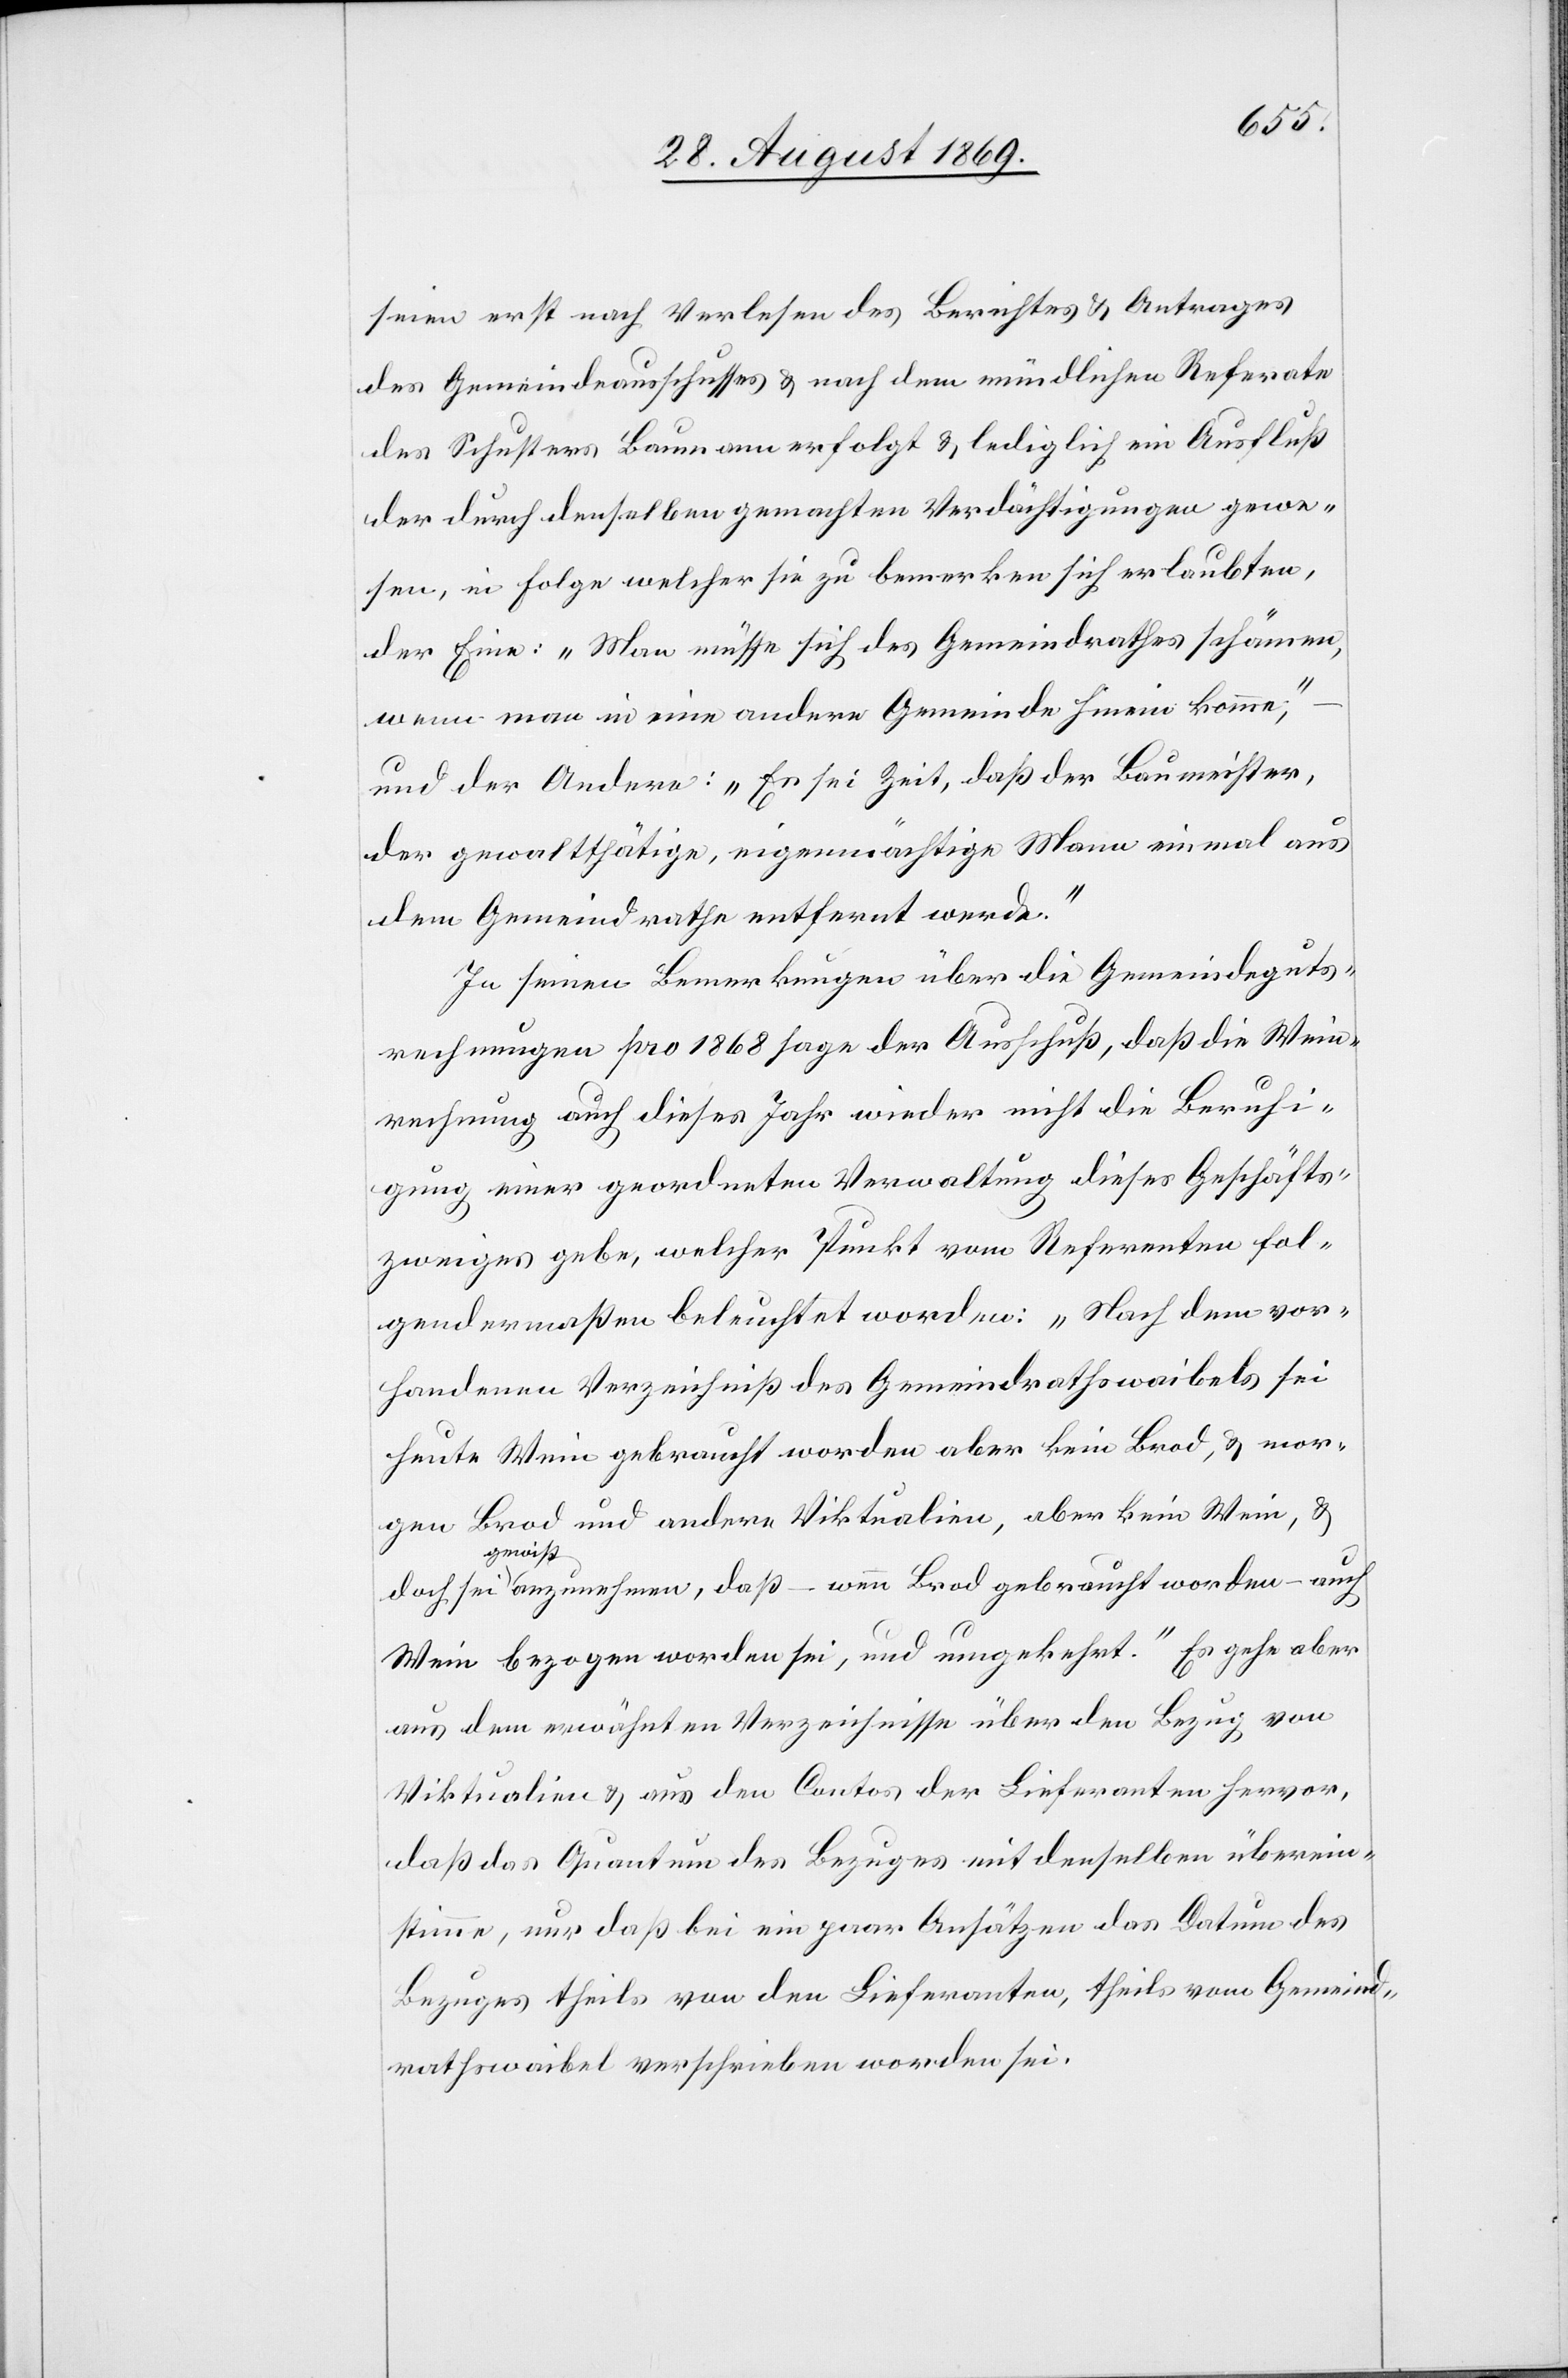
seien erst nach Verlesen des Berichtes & Antrages
des Gemeindeausschusses & nach dem mündlichen Referate
des Schusters Baumann erfolgt & lediglich ein Ausfluß
der durch denselben gemachten Verdächtigungen gewe¬
sen, in Folge welcher sie zu bemerken sich erlaubten,
der Eine: „Man müsse sich des Gemeindrathes schämen,
wenn man in eine andere Gemeinde hinein komme“,
und der Andere: „Es sei Zeit, daß der Baumeister,
der gewaltthätige, eigenmächtige Mann einmal aus
dem Gemeindrathe entfernt werde.“
In seinen Bemerkungen über die Gemeindeguts¬
rechnungen pro 1868 sage der Ausschuß, daß die Wein¬
rechnung auch dieses Jahr wieder nicht die Beruhi¬
gung einer geordneten Verwaltung dieses Geschäfts¬
zweiges gebe, welcher Punkt vom Referenten fol¬
gendermaßen beleuchtet worden: „Nach dem vor¬
handenen Verzeichniß des Gemeindrathswaibels sei
heute Wein gebraucht worden aber kein Brod, & mor¬
gen Brod und andere Viktualien, aber kein Wein, &
doch sei gewiß anzunehmen, daß – wenn Brod gebraucht worden – auch
Wein bezogen worden sei, und umgekehrt.“ Es gehe aber
aus dem erwähnten Verzeichnisse über den Bezug von
Viktualien & aus den Contos der Lieferanten hervor,
daß das Quantum des Bezuges mit denselben überein¬
stimme, nur daß bei ein paar Ansätzen das Datum des
Bezuges theils von den Lieferanten, theils vom Gemeind¬
rathswaibel verschrieben worden sei.